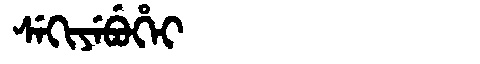
Manchu: ᠰᡝᡴᡳᠶᡝᠪᡠᡥᡝᡳ
Romanization: SEKIYEBUHEI